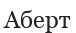
Аберт